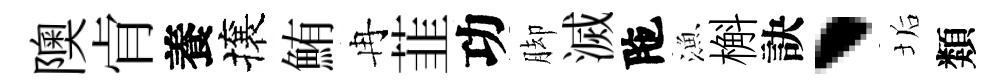
隩肻養攘鮪冉韮功脚滅陁漁槲訣、垢類